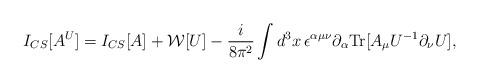
LaTeX: \begin{align*}I_{CS}[A^{U}]=I_{CS }[A]+{\cal W}[U]-\frac {i}{8\pi^2}\int d^3x\,\epsilon^{\alpha \mu \nu}\partial_\alpha {\rm Tr}[A_\mu U^{-1}\partial_{\nu} U],\end{align*}